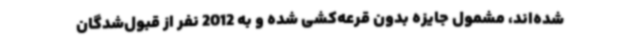
شده‌اند، مشمول جایزه بدون قرعه‌کشی شده و به 2012 نفر از قبول‌شدگان